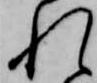
れ